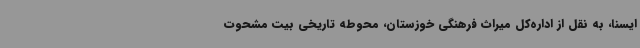
ایسنا، به نقل از اداره‌کل میراث فرهنگی خوزستان، محوطه تاریخی بیت مشحوت